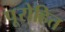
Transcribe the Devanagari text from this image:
पूरोहित